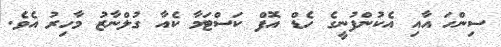
ސިންހަ އާއި އެކުންފުނީގެ ހެޑް އޮފް ކަސްޓަމާ ކެއާ ގުލްނާޒު މާހިރު އެވެ.